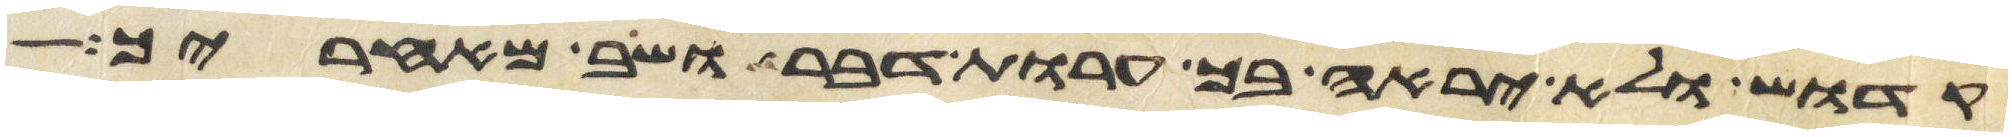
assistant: קדוש ולא יראה בך ערות דבר ושב מאחריך